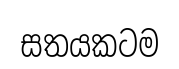
සතයකටම